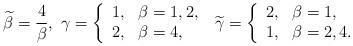
LaTeX: \begin{align*}\widetilde{\beta}=\frac{4}{\beta},\ \gamma=\left\{\begin{array}{cl} 1, & \beta=1,2, \\ 2, & \beta=4, \end{array}\right.\ \widetilde{\gamma}=\left\{\begin{array}{cl} 2, & \beta=1, \\ 1, & \beta=2,4. \end{array}\right.\end{align*}